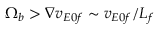
\Omega _ { b } > \nabla v _ { E 0 f } \sim v _ { E 0 f } / L _ { f }